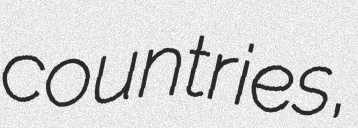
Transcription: countries,